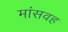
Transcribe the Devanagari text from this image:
मांसवह